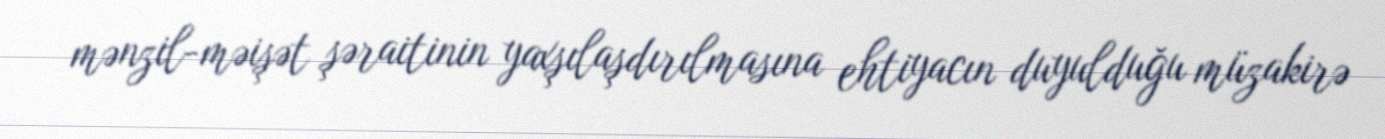
mənzil-məişət şəraitinin yaxşılaşdırılmasına ehtiyacın duyulduğu müzakirə